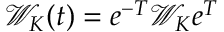
\mathcal { W } _ { K } ( t ) = e ^ { - T } \mathcal { W } _ { K } e ^ { T }